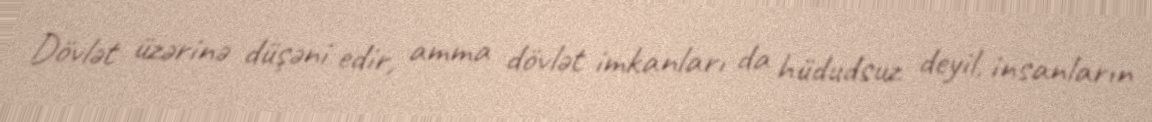
Dövlət üzərinə düşəni edir, amma dövlət imkanları da hüdudsuz deyil, insanların